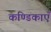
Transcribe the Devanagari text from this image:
कण्डिकाएँ